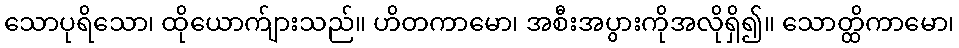
သောပုရိသော၊ ထိုယောက်ျားသည်။ ဟိတကာမော၊ အစီးအပွားကိုအလိုရှိ၍။ သောတ္ထိကာမော၊